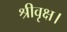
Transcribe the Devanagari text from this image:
श्रीवृक्ष।